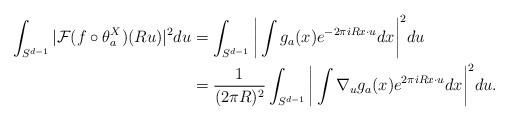
LaTeX: \begin{align*}\int_{S^{d-1}}|\mathcal{F}(f\circ \theta_a^X)(Ru)|^2 du{}& = \int_{S^{d-1}}\bigg|\int g_a(x)e^{-2\pi i Rx \cdot u} dx\bigg|^2 du\\&=\frac{1}{(2\pi R)^2} \int_{S^{d-1}}\bigg|\int \nabla_u g_a(x) e^{2\pi i R x \cdot u} dx\bigg|^2 du.\end{align*}